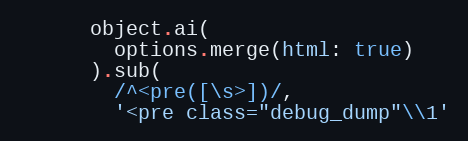
Language: Ruby
      object.ai(
        options.merge(html: true)
      ).sub(
        /^<pre([\s>])/,
        '<pre class="debug_dump"\\1'